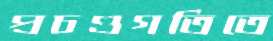
প্রচণ্ডগতিতে